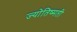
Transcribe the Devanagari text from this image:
ज्योतिष्मती